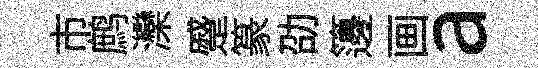
市鹧灤蹙篆劭籩画a